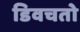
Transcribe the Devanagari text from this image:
डिवचतो